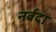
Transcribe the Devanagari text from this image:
नर्बदा